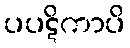
ပပဋိကာပိ